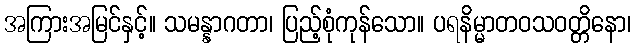
အကြားအမြင်နှင့်။ သမန္နာဂတာ၊ ပြည့်စုံကုန်သော။ ပရနိမ္မာတဝသဝတ္တိနော၊